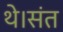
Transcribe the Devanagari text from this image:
थे।संत